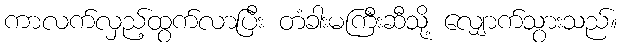
ကာလက်လှည့်ထွက်လာပြီး တံခါးမကြီးဆီသို့ လျှောက်သွားသည်။